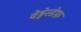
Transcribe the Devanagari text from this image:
वेड्नेस्डेफ़